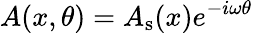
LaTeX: A(x,\theta)=A_{\mathrm{s}}(x)e^{-i\omega\theta}